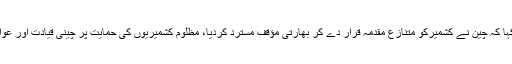
فردوس عاشق اعوان نے کہا کہ چین نے کشمیرکو متنازع مقدمہ قرار دے کر بھارتی مؤقف مسترد کردیا، مظلوم کشمیریوں کی حمایت پر چینی قیادت اور عوام کا شکریہ ادا کرتے ہیں۔